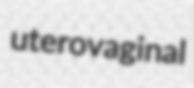
uterovaginal